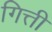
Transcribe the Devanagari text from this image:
गित्ती